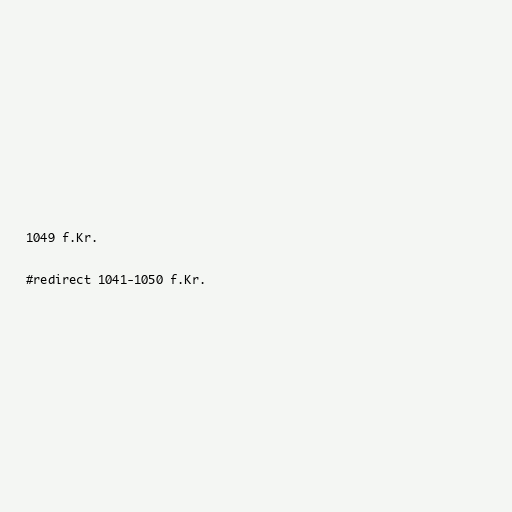
1049 f.Kr.

#redirect 1041-1050 f.Kr.